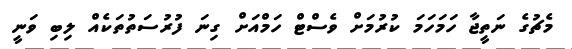
މެޗުގެ ނަތީޖާ ހަމަހަމަ ކުރުމަށް ވެސްޓް ހަމްއަށް ގިނަ ފުރުސަތުތަކެއް ލިބި ވަނީ